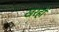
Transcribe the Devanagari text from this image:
खरहों